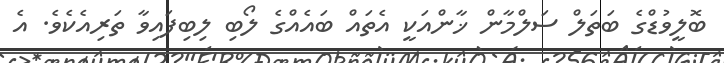
ބޮލީވުޑްގެ ބަތަލް ސަލްމާން ޚާންއަކީ އެތައް ބައެއްގެ ލޯބި ލިބިފައިވާ ތަރިއެކެވެ. އެ